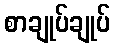
စာချုပ်ချုပ်